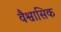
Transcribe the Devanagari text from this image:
वैश्वासिक